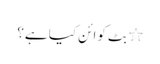
٭ بِٹ کوائن کیا ہے؟